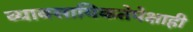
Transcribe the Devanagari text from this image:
व्यावसायिकतेपेक्षाही